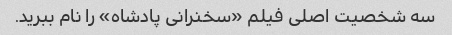
سه شخصیت اصلی فیلم «سخنرانی پادشاه» را نام ببرید.